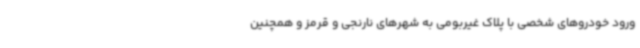
ورود خودروهای شخصی با پلاک غیربومی به شهرهای نارنجی و قرمز و همچنین